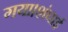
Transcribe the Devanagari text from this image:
गया।शंघाई